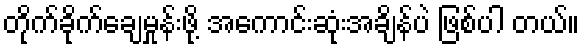
တိုက်ခိုက်ချေမှုန်းဖို့ အကောင်းဆုံးအချိန်ပဲ ဖြစ်ပါ တယ်။